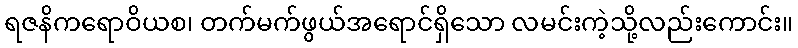
ရဇနိကရောဝိယစ၊ တက်မက်ဖွယ်အရောင်ရှိသော လမင်းကဲ့သို့လည်းကောင်း။